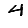
Digit: 4